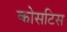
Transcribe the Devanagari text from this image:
कोसटिस